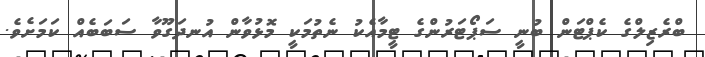
ބްރެޒިލްގެ ކެޕްޓަން ބުނީ ސަޕޯޓަރުންގެ ޓީމާއެކު ނެތުމަކީ މޮޅުވާން އުނދަގޫވާ ސަބަބެއް ކަމަށެވެ.